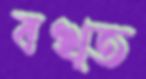
বখ্ত